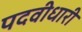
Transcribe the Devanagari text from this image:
पदवीधारी